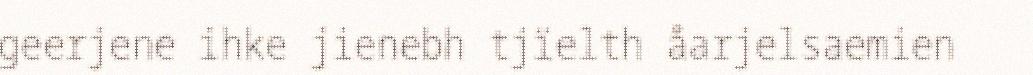
geerjene ihke jienebh tjïelth åarjelsaemien